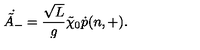
\dot { \tilde { A } _ { - } } = \frac { \sqrt L } { g } \tilde { \chi } _ { 0 } \dot { p } ( n , + ) .